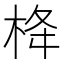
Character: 栙